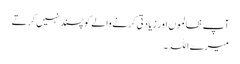
آپ ظالموں اور زیادتی کرنے والے کو پسند نہیں کرتے
میرے اللہ ۔